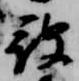
被